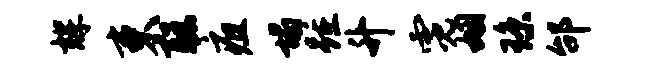
辉束聪疽塌踵升霓姻琼邰